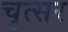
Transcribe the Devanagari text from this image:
चुत्सर